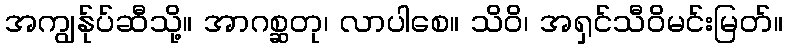
အကျွန်ုပ်ဆီသို့။ အာဂစ္ဆတု၊ လာပါစေ။ သိဝိ၊ အရှင်သီဝိမင်းမြတ်။